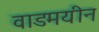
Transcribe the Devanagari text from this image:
वाडमयीन